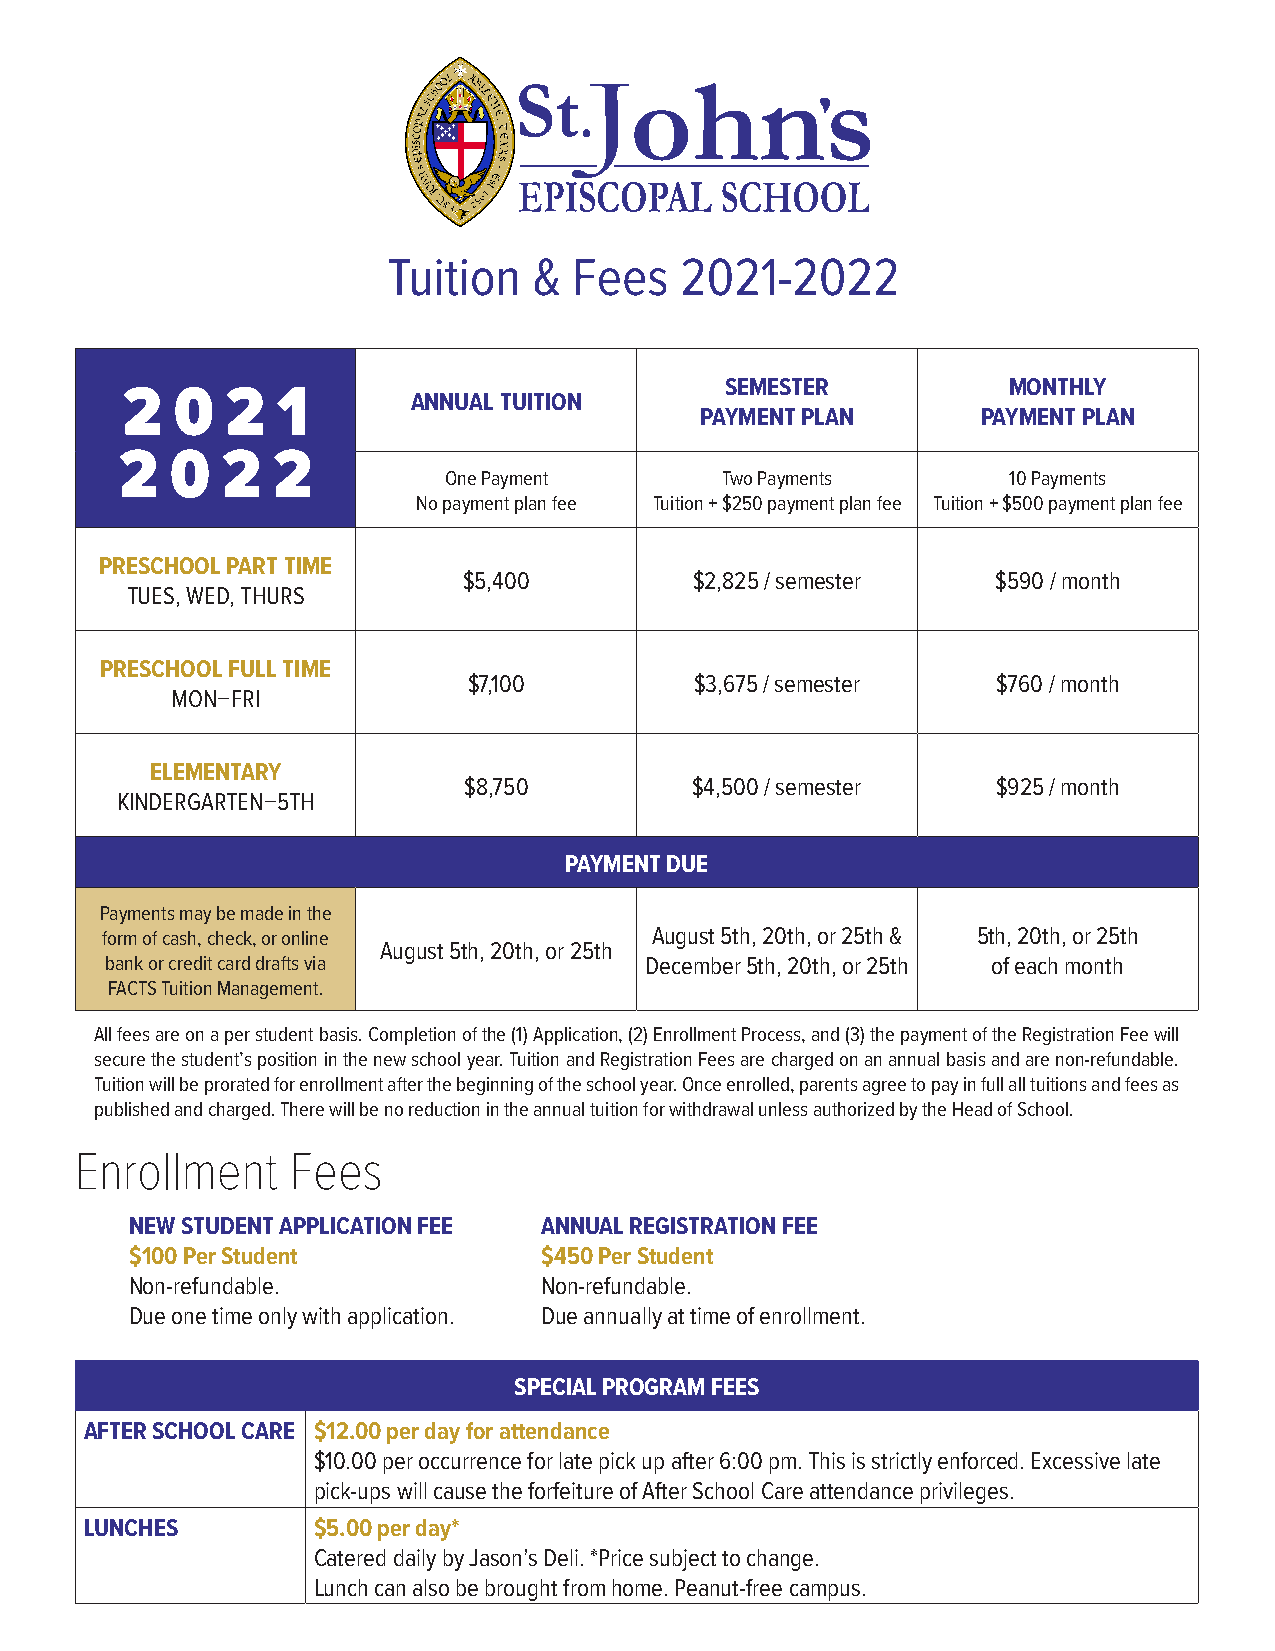
Tuition  &  Fees   2021-2022
 SEMESTER           MONTHLY
 2   0  2  1        ANNUAL TUITION
 PAYMENT PLAN       PAYMENT PLAN
 2  0   2  2
 One Payment        Two Payments       10 Payments
 No payment plan fee Tuition + $250 payment plan fee Tuition + $500 payment plan fee
 PRESCHOOL PART TIME
 $5,400         $2,825 / semester   $590 / month
 TUES, WED, THURS
 PRESCHOOL FULL TIME
 $7,100         $3,675 / semester   $760 / month
 MON–FRI
 ELEMENTARY
 $8,750         $4,500 / semester   $925 / month
 KINDERGARTEN–5TH
 PAYMENT DUE
 Payments may be made in the
 form of cash, check, or online      August 5th, 20th, or 25th & 5th, 20th, or 25th
 August 5th, 20th, or 25th
 bank or credit card drafts via      December 5th, 20th, or 25th of each month
 FACTS Tuition Management.
 All fees are on a per student basis. Completion of the (1) Application, (2) Enrollment Process, and (3) the payment of the Registration Fee will
 secure the student’s position in the new school year. Tuition and Registration Fees are charged on an annual basis and are non-refundable.
 Tuition will be prorated for enrollment after the beginning of the school year. Once enrolled, parents agree to pay in full all tuitions and fees as
 published and charged. There will be no reduction in the annual tuition for withdrawal unless authorized by the Head of School.
 Enrollment    Fees
 NEW STUDENT APPLICATION FEE ANNUAL REGISTRATION FEE
 $100 Per Student           $450 Per Student
 Non-refundable.            Non-refundable.
 Due one time only with application. Due annually at time of enrollment.
 SPECIAL PROGRAM FEES
 AFTER SCHOOL CARE $12.00 per day for attendance
 $10.00 per occurrence for late pick up after 6:00 pm. This is strictly enforced. Excessive late
 pick-ups will cause the forfeiture of After School Care attendance privileges.
 LUNCHES        $5.00 per day*
 Catered daily by Jason’s Deli. *Price subject to change.
 Lunch can also be brought from home. Peanut-free campus.